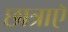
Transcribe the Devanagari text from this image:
छात्राएॅ